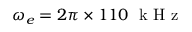
\omega _ { e } = 2 \pi \times 1 1 0 \; \mathrm { ~ k ~ H ~ z ~ }